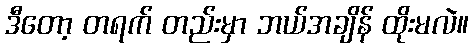
ဒီတော့ တရက် တည်းမှာ ဘယ်အချိန် ထိုးမလဲ။